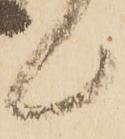
候